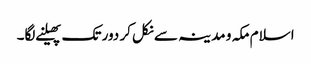
اسلام مکہ و مدینہ سے نکل کر دور تک پھیلنے لگا۔